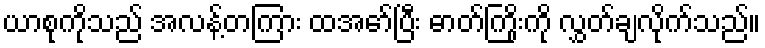
ယာစုကိုသည် အလန့်တကြား ထအော်ပြီး ဓာတ်ကြိုးကို လွှတ်ချလိုက်သည်။